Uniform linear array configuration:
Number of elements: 4
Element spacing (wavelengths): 1
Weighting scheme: uniform
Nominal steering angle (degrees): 60
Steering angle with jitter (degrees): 61.321
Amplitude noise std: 0.05
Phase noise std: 0.05

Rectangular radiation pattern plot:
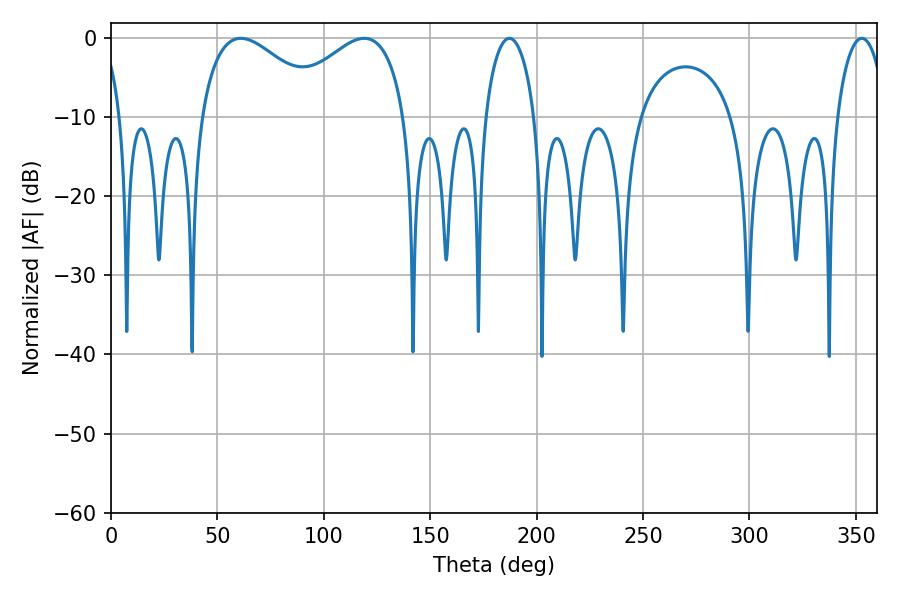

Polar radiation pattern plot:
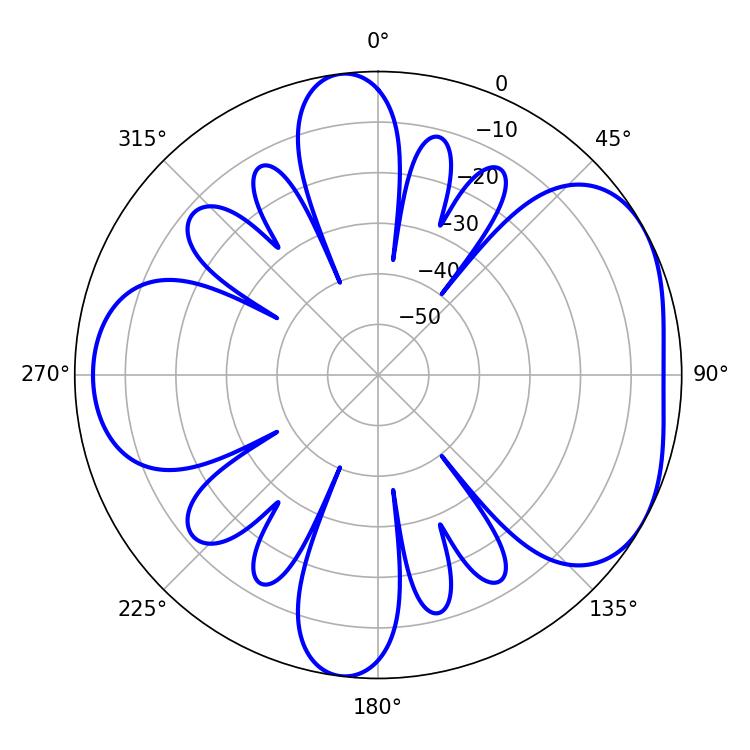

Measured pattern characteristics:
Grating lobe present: TRUE
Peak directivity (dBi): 4.754
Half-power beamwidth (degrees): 13.14
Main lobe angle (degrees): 352.8